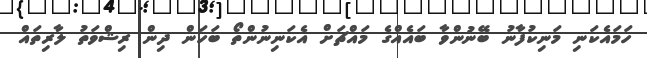
ހަމައެކަނި މަނިކުފާނު ބޭނުންވާ ބައެއްގެ މައްޗަށް އެކަނިނުންތޯ ބަހަން ދިން ރިޝްވަތު ލާރިތައް